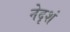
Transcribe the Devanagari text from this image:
नेदृशं